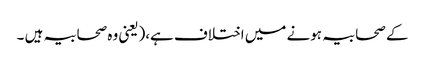
کے صحابیہ ہونے میں اختلاف ہے،(یعنی وہ صحابیہ ہیں ۔